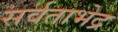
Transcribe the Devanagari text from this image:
सर्वताभेद्र